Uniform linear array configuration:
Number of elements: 4
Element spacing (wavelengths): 0.25
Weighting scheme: exponential
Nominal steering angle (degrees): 30
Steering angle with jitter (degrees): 30.699
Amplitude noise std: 0.05
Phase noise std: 0.05

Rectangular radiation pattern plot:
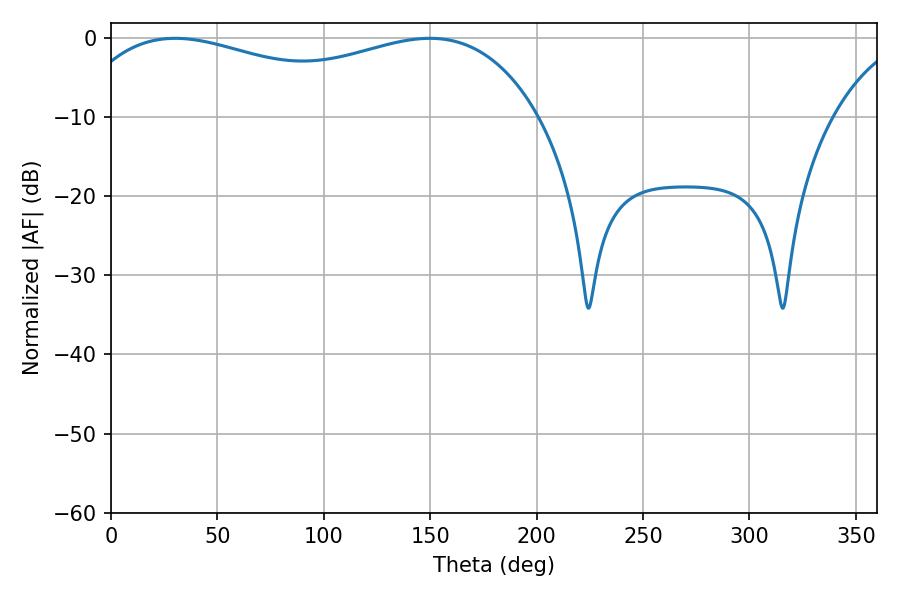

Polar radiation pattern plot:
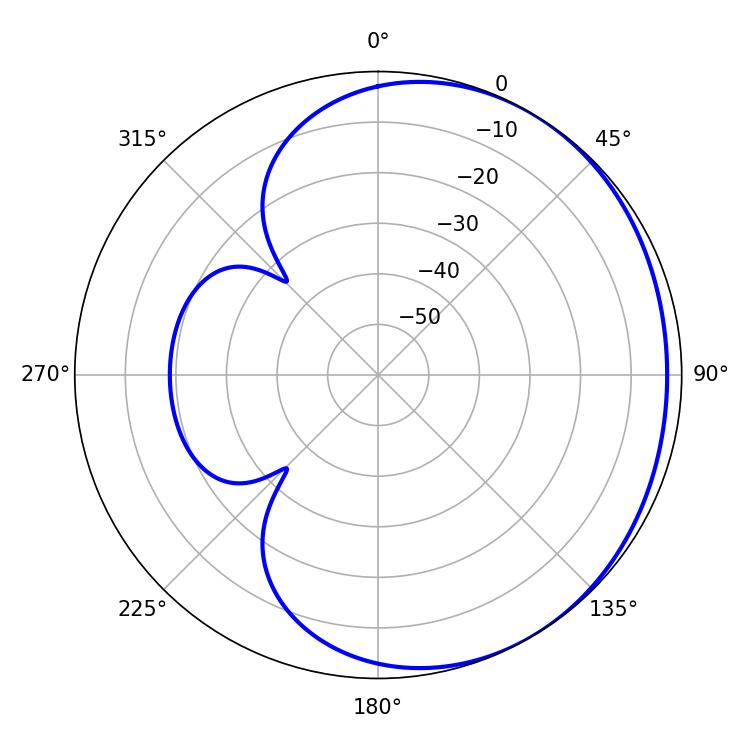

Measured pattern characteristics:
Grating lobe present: FALSE
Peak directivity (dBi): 1.521
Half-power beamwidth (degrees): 180.36
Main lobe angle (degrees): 30.24